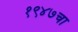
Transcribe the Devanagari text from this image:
१९४७चा